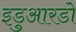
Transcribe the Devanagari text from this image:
इडुआरडो